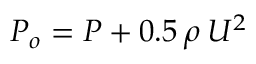
P _ { o } = P + 0 . 5 \: \rho \: U ^ { 2 }